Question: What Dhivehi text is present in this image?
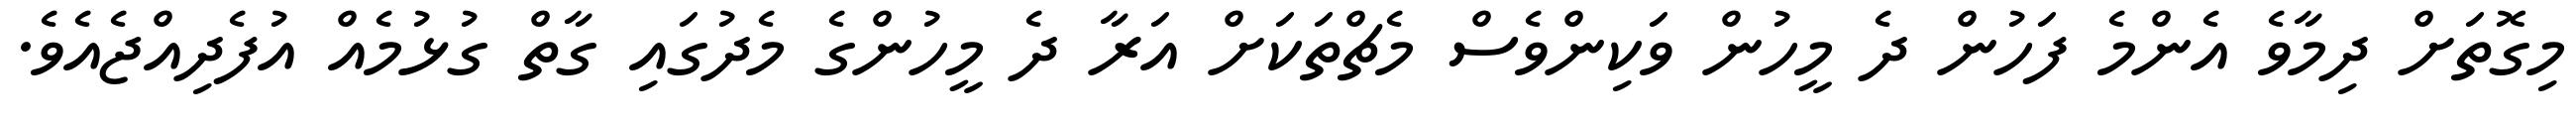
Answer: މިގޮތަށް ދިމާވެ އެންމެ ފަހުން ދެ މީހުން ވަކިންވެސް މެޗްތަކަށް އަރާ ދެ މީހުންގެ މެދުގައި ގާތް ގުޅުމެއް އުފެދިއްޖެއެވެ.